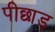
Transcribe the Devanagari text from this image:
पीछाड़